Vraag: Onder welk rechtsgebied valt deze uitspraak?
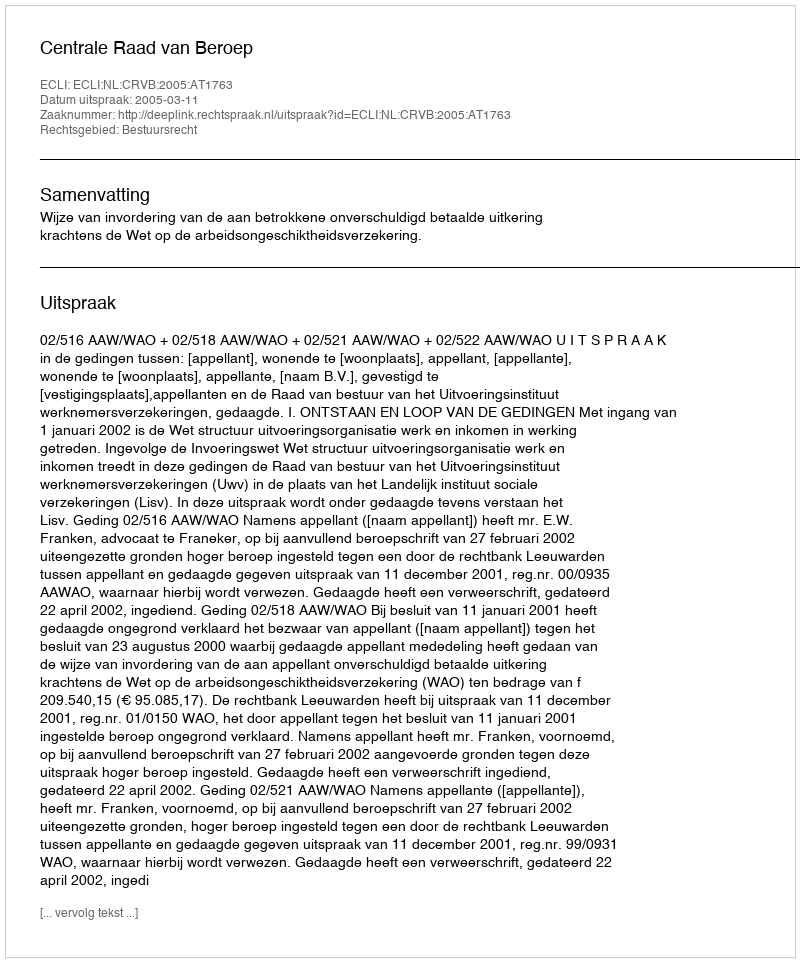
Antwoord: Bestuursrecht